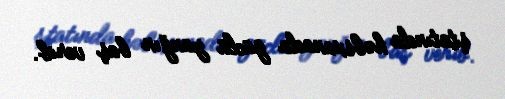
ştatında həbsxanada güclü yanğın baş verib.